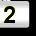
Digit: 2